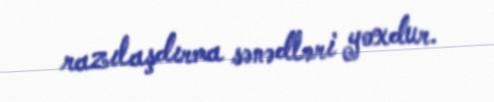
razılaşdırma sənədləri yoxdur.